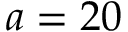
a = 2 0